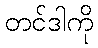
တင်ဒါကို